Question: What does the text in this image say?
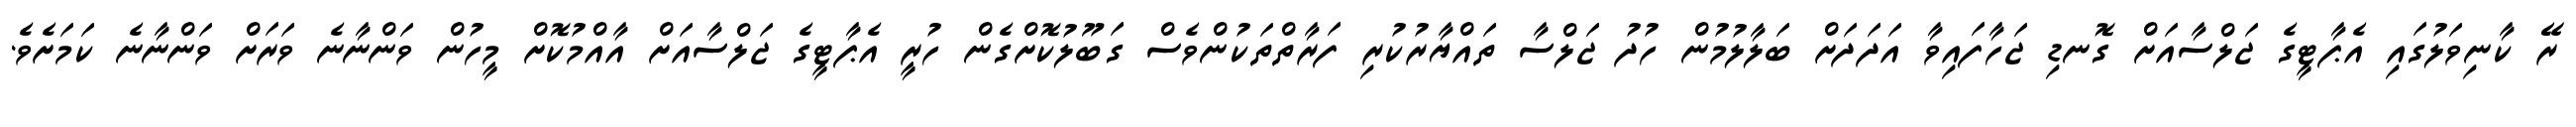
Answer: ރޭ ކާނިވަލުގައި އެޕާޓީގެ ޖަލްސާއަށް ގޮނޑި ޖަހާފައިވާ އަދަދަށް ބަލާލުމުން ހުދު ޖަލްސާ ތައްޔާރުކުރި ފަރާތްތަކުންވެސް ގަބޫލުކޮށްގެން ހުރީ އެޕާޓީގެ ޖަލްސާއަށް އާއްމުކޮށް މީހުން ވަންނާނެ ވަރަށް ވަންނާނެ ކަމަށެވެ.